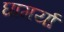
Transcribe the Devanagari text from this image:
घागर्या